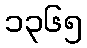
၁၃၆၅